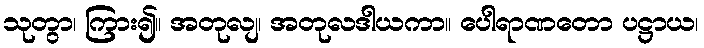
သုတွာ၊ ကြား၍။ အတုလျ၊ အတုလဒါယကာ။ ပေါရာဏတော ပဋ္ဌာယ၊